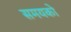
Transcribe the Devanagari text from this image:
समयको